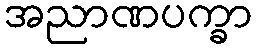
အညာဏပက္ခာ